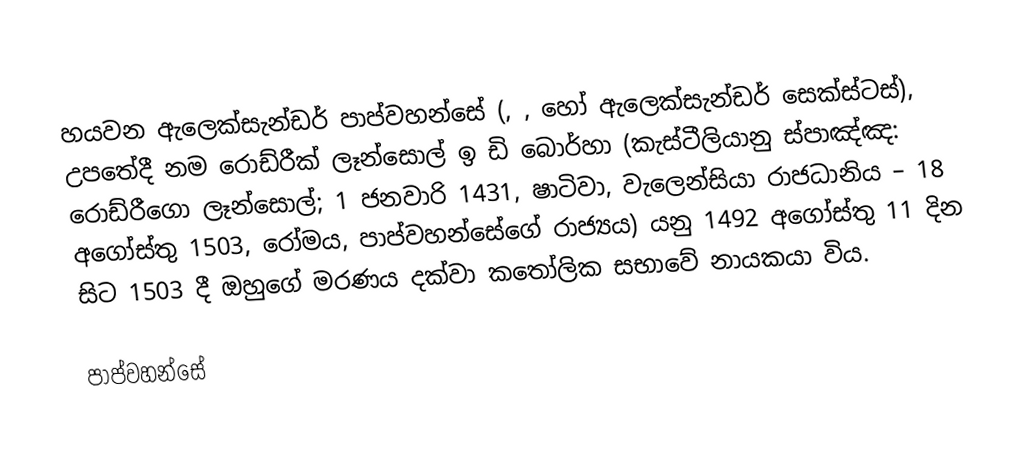
හයවන ඇලෙක්සැන්ඩර් පාප්වහන්සේ (, , හෝ ඇලෙක්සැන්ඩර් සෙක්ස්ටස්), උපතේදී නම රොඩ්රීක් ලෑන්සොල් ඉ ඩි බොර්හා (කැස්ටීලියානු ස්පාඤ්ඤ: රොඩ්රීගො ලෑන්සොල්; 1 ජනවාරි 1431, ෂාටිවා, වැලෙන්සියා රාජධානිය – 18 අගෝස්තු 1503, රෝමය, පාප්වහන්සේගේ රාජ්‍යය) යනු  1492 අගෝස්තු 11 දින සිට  1503 දී ඔහුගේ මරණය දක්වා  කතෝලික සභාවේ නායකයා විය.

පාප්වහන්සේ